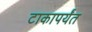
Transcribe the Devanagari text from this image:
टाकापर्यंत